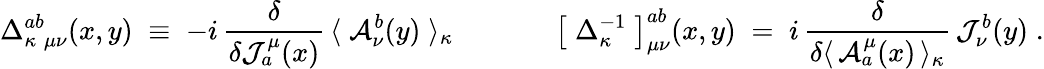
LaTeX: \Delta_{\kappa\; \mu\nu}^{ab}(x,y)\; \equiv\; -i\, \frac{\delta}{\delta{\cal J}_{a}^{\mu}(x)}\, \langle\; {\cal A}_{\nu}^{b}(y)\; \rangle_{\kappa}\; \; \; \; \; \; \; \; \; \; \; \; \; \left[\; \Delta_{\kappa}^{-1}\; \right]_{\mu\nu}^{ab}(x,y)\; =\; i\, \frac{\delta}{\delta\langle\, {\cal A}_{a}^{\mu}(x)\, \rangle_{\kappa}}\, {\cal J}_{\nu}^{b}(y)\; .